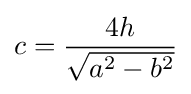
c={\frac {4h}{\sqrt {a^{2}-b^{2}}}}